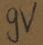
Text: 9V